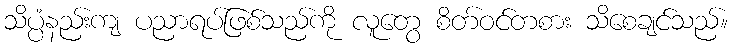
သိပ္ပံနည်းကျ ပညာရပ်ဖြစ်သည်ကို လူတွေ စိတ်ဝင်တစား သိစေချင်သည်။